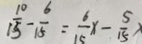
\frac { 1 0 } { 1 5 } - \frac { 6 } { 1 5 } = \frac { 6 } { 1 5 } x - \frac { 5 } { 1 5 }